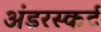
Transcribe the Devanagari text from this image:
अंडरस्कर्ट